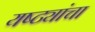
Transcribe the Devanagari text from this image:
यष्ट्यांचा